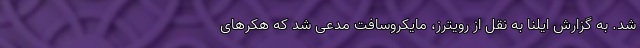
شد. به گزارش ایلنا به نقل از رویترز، مایکروسافت مدعی شد که هکرهای